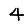
Digit: 4